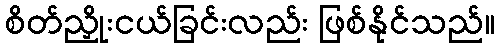
စိတ်ညှိုးငယ်ခြင်းလည်း ဖြစ်နိုင်သည်။